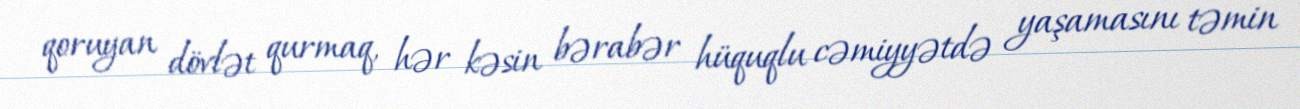
qoruyan dövlət qurmaq, hər kəsin bərabər hüquqlu cəmiyyətdə yaşamasını təmin